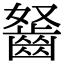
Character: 𪗭